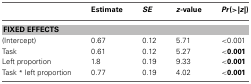
|  | Estimate | SE | z-value | Pr(>|z|) |
 | --- | --- | --- | --- | --- |
 | <COLSPAN=5> FIXED EFFECTS |
 | (Intercept) | 0.67 | 0.12 | 5.71 | <0.001 |
 | Task | 0.61 | 0.12 | 5.27 | <0.001 |
 | Left proportion | 1.8 | 0.19 | 9.33 | <0.001 |
 | Task * left proportion | 0.77 | 0.19 | 4.02 | <0.001 |